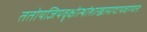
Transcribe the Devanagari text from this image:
ततोयज्ञियवृक्षोत्थांशाखामादायवाग्यतः